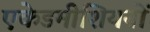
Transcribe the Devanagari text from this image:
एकेडमीशियनों